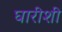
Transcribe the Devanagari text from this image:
घारीशी